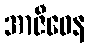
အာဇီဝေန